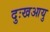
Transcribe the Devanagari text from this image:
दुःखआयु